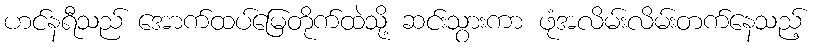
ဟင်နရီသည် အောက်ထပ်မြေတိုက်ထဲသို့ ဆင်းသွားကာ ဖုံအလိမ်းလိမ်းတက်နေသည့်